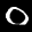
Label: 0